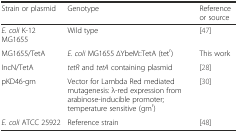
<table><thead><tr><td><b>Strain or plasmid</b></td><td><b>Genotype</b></td><td><b>Reference or source</b></td></tr></thead><tbody><tr><td><i>E. coli</i> K-12 MG1655</td><td>Wild type</td><td>[47]</td></tr><tr><td>MG1655/TetA</td><td><i>E. coli</i> MG1655 ∆YbeM::TetA (tet<sup>r</sup>)</td><td>This work</td></tr><tr><td>IncN/TetA</td><td><i>tetR</i> and <i>tetA</i> containing plasmid</td><td>[28]</td></tr><tr><td>pKD46-gm</td><td>Vector for Lambda Red mediated mutagenesis: λ-red expression from arabinose-inducible promoter; temperature sensitive (gm<sup>r</sup>)</td><td>[30]</td></tr><tr><td><i>E. coli</i> ATCC 25922</td><td>Reference strain</td><td>[48]</td></tr></tbody></table>